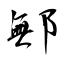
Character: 鄦